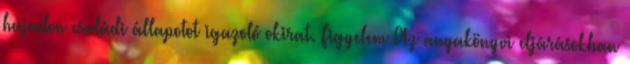
hajadon családi állapotot igazoló okirat. Figyelem Az anyakönyvi eljárásokban